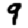
Digit: 9